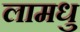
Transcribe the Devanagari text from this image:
लामधु